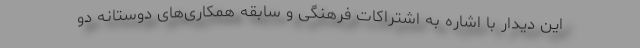
این دیدار با اشاره به اشتراکات فرهنگی و سابقه همکاری‌های دوستانه دو